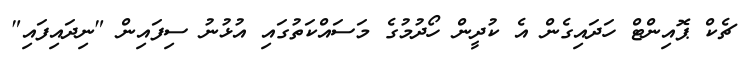
ޗެކް ޕޮއިންޓް ހަދައިގެން އެ ކުދީން ހޯދުމުގެ މަސައްކަތުގައި އުޅުނު ސިފައިން "ނިދައިފައި"